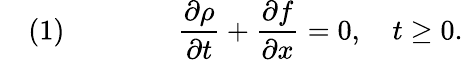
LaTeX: \quad(1)\qquad\qquad{\frac{\partial\rho}{\partial t}}+{\frac{\partial f}{\partial x}}=0,\quad t\geq 0.